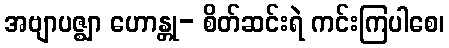
အဗျာပဇ္ဈာ ဟောန္တု- စိတ်ဆင်းရဲ ကင်းကြပါစေ၊